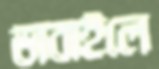
ভাবাইলে